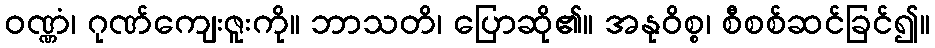
ဝဏ္ဏံ၊ ဂုဏ်ကျေးဇူးကို။ ဘာသတိ၊ ပြောဆို၏။ အနုဝိစ္စ၊ စီစစ်ဆင်ခြင်၍။